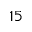
1 5